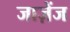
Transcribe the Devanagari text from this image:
जाज़ेंज